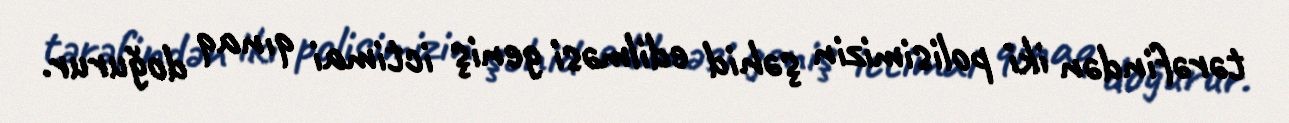
tərəfindən iki polisimizin şəhid edilməsi geniş ictimai qınaq doğurur.